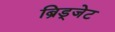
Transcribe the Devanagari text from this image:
ब्रिड्जेट